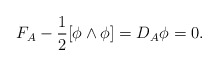
\begin{align*}F_A-\frac{1}{2}[\phi\wedge\phi]=D_A\phi=0.\end{align*}